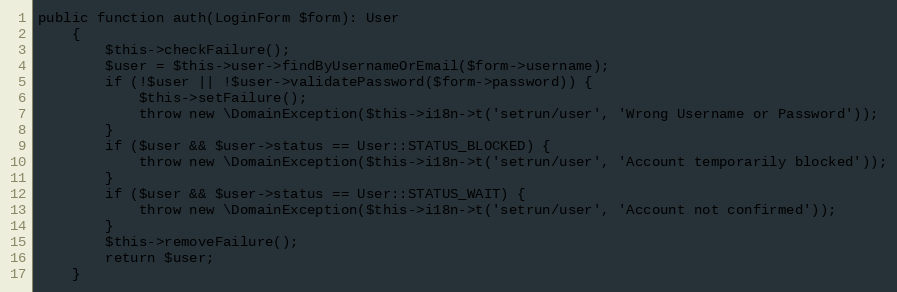
Language: PHP
public function auth(LoginForm $form): User
    {
        $this->checkFailure();
        $user = $this->user->findByUsernameOrEmail($form->username);
        if (!$user || !$user->validatePassword($form->password)) {
            $this->setFailure();
            throw new \DomainException($this->i18n->t('setrun/user', 'Wrong Username or Password'));
        }
        if ($user && $user->status == User::STATUS_BLOCKED) {
            throw new \DomainException($this->i18n->t('setrun/user', 'Account temporarily blocked'));
        }
        if ($user && $user->status == User::STATUS_WAIT) {
            throw new \DomainException($this->i18n->t('setrun/user', 'Account not confirmed'));
        }
        $this->removeFailure();
        return $user;
    }